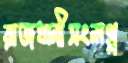
রাজধানীসংলগ্ন